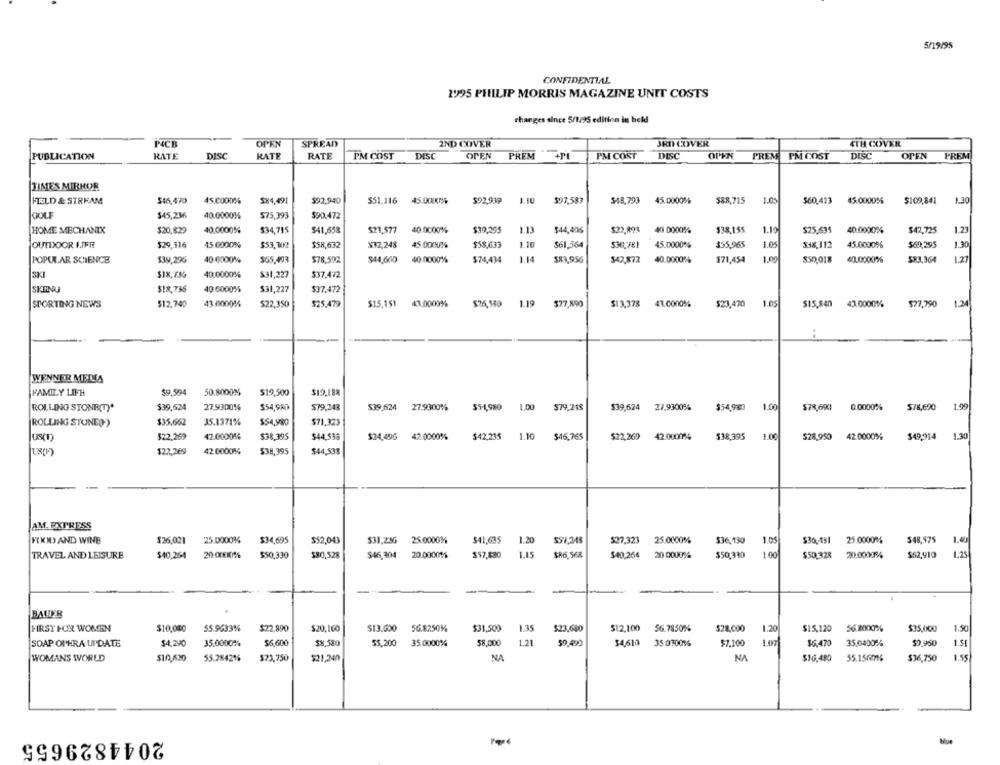
5/19/95
CONFIDENTIAL
1995 PHILIP MORRIS MAGAZINE UNIT COSTS
changes since 5/1/95 edition in bekl
P4CB
OPEN
SPREAD
2ND COVER
JED COVER
4TH COVER
DISC
PUBLICATION
RATE
DISC
RATE
RATE
PM COST
DISC
OPEN
PREM
PM COST
DISC
OPEN
PREM
PM COST
OPEN
PREM
TIMES MIRROR
HELD & STREAM
$16,470
45.0000%
$24,491
$51.116
$92.939
1.10
$97,587
$48,793
45.00008%
$88,715
1.05
$60,413
45.0000%
$109,841
1.30
$92,940
45.00KM
GOLF
$45,236
40.0000M
$75,393
$90.472
HOME MECHANIX
$20,829
40.0000%
$34,715
$41,658
$23,577
40.0000%
$39,295
$44,406
$22,893
40 0000%
$38,155
1.10
$25,635
40.0000%
$42,725
1.21
OUTDOOR IIFF
$29,316
15.0000%
$53,102
$58,632
¥32,248
45.0000%
$58,633
1.10
$61,564
45.0000%
355,965
1.05
$38,112
45.0000%
$60,295
1.30
POPULAR SCIENCE
$39,29G
40 0000%
$65,493
$78,592
$44,600
40.0000%
$74,434
1.14
$83,956
$42,872
40.0000%
$71,454
1.09
$50,018
40.0000%
$83,364
1.27
SKJ
$18,73G
40.0000%
$31,227
$37,472
SKIING
$18,736
40.0000%
$31,227
$37,472
SPORTING NEWS
$12,740
43.00001%
$22,350
$25,479
$15,151
43.0000%
$25,580
1.19
$27,890
$13,378 41.0000%
$23,470
1.05
$15,840
43.0000%
$27,790
1.24
WENNER MEDIA
50.8000%
FAMILY LIFE
$9.994
$19,500
$19,18%
27.9300%
$39.624
1.00
$54,900
1.00
1.99
ROLLING STONE(T)*
$39,624
$54,980
579,243
27.9300%
554,980
$79,218
$39,624
21.9300%
$78,69€1
0.0000%
$78,690
$35.652
35.1371%
$54,980
$71,323
ROLLING STONE()
$22,269
42.0000%
$38,395
$44,538
$24,496
42.0000%
$42,235
1.10
$46,765
$22,269
42.0000%
538,395
1.00
$28,950
42.0000%
$49,914
1.30
$22,269
42.0000%
$38,395
$44,535
AM. EXPRESS
FIXWD AND WINE
$36,021
25.0000%
$34,695
$52,043
$31,2236
25.0000%
$41,635
1 20
$$1,249
$27,323
25.0000%
$36,130
1.05
$36,451
25.0000%
$48,575
1.0
TRAVEL AND LEISURE
$40,264
20-00KI0%
$50,330
$80,528
$46,304
20.00001%
$57,830
1.15
$86,568
$40,264
20 00006
$50,330
1.00
$50,328
20,0000%
$52,910
1,25
-
BAUER
FIRST FOR WOMEN
$10,000
55.9633%
$22,890
$20,160
$13.500
56.8250%%
$31,500
1.35
$12,100
56.7850%
$28,000
1.20
$15.120
56.8000%
$35,000
1.50
$23,650
SOAP OPERA UPDATE
$4,290
35.0000%
$6,600
$8,580
$5,200
35.0000%
$8,000
1.2
$9.490
$4,610
35.070096
$7.100
1.07
$6.470
35.0400%
$9,950
1.51
WOMANS WORLD
$10,630
55.28421%
$23,750
$21,240
NA
NA
$16.480
55.1560;
$36,750
1.55
2044829655